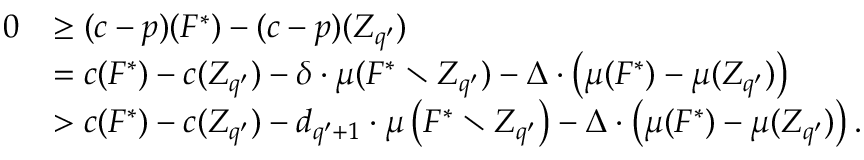
\begin{array} { r l } { 0 } & { \ge ( c - p ) ( F ^ { * } ) - ( c - p ) ( Z _ { q ^ { \prime } } ) } \\ { } & { = c ( F ^ { * } ) - c ( Z _ { q ^ { \prime } } ) - \delta \cdot \mu ( F ^ { * } \setminus Z _ { q ^ { \prime } } ) - \Delta \cdot \left( \mu ( F ^ { * } ) - \mu ( Z _ { q ^ { \prime } } ) \right) } \\ { } & { > c ( F ^ { * } ) - c ( Z _ { q ^ { \prime } } ) - d _ { q ^ { \prime } + 1 } \cdot \mu \left( F ^ { * } \setminus Z _ { q ^ { \prime } } \right) - \Delta \cdot \left( \mu ( F ^ { * } ) - \mu ( Z _ { q ^ { \prime } } ) \right) . } \end{array}